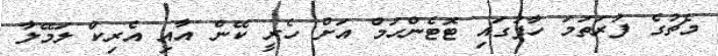
މެޗުގެ ފުރަތަމަ ހާފުގައި ޓޮޓެންހަމް އަށް ހެރީ ކޭން އާއި އެރިކް ލަމޭލާ